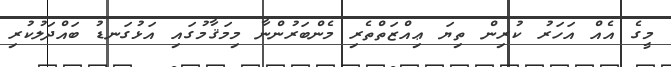
މީގެ އެއް އަހަރު ކުރިން ތިޔަ ޢިއްޒަތްތެރި މެންބަރުންނާ މިމަޤާމުގައި އަޅުގަނޑު ބައްދަލުކުރި